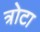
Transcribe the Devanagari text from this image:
त्रोटा